Civil Veterinary Department. Madras. Admin. report 1910-25 - 1910-1925
Year: 1910
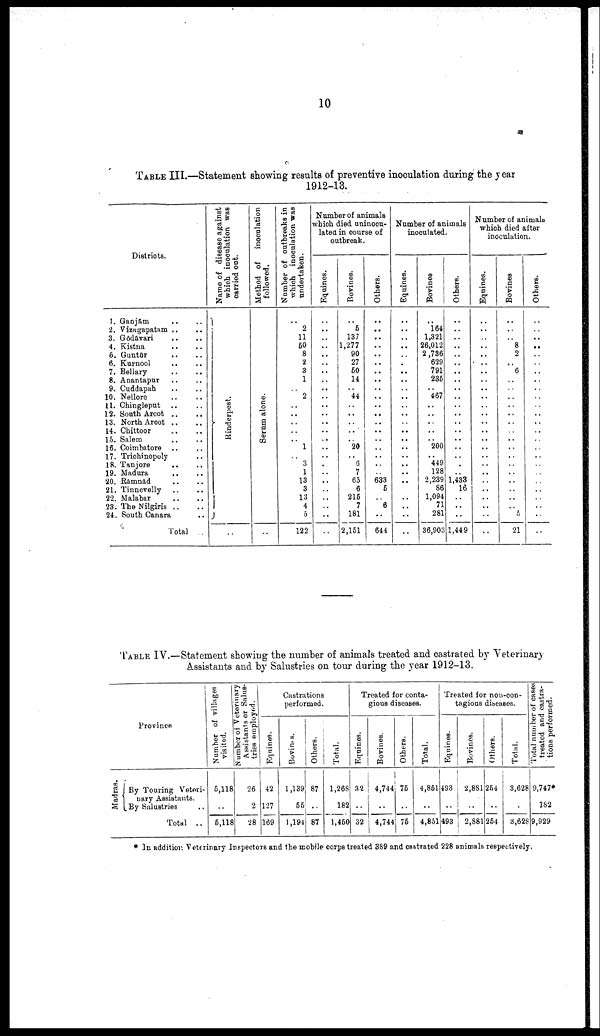
10
TABLE III.—Statement showing results of preventive inoculation during the year
1912-13.
Districts.
1. Ganjam
..
2. Vizagapatam
3. Godavari
4. Kistna
6. Guntur
6. Kurnool
7. Bellary
8. Anantapar
9. Cuddapah
10. Nellore
11. Chingleput
12. South Arcot „.
13. North Arcot ..
14. Chittoor
15. Salem
16. Coimbatore
17. Trichinopoly
18. Tanjore
19. Madura
20. Rāmnād
21. Tinnevelly
22. Malabar
23. The Nilgiris ..
24. South Canara
Total
.
Name of disease against
which
inoculation was
carried out.
Ri nder pes t
.
..
Method of
inoculation
followed.
Se r
um alone.
Number
of outbreaks in
which inoculation was
undertaken.
..
2
11
50
8
2
3
1
..
2
..
..
..
..
..
1
..
3
1
13
3
13
4
0
122
Number of animals
which died uninocu-
latea in course of
outbreak.
Equines.
..
..
..
..
..
..
..
..
..
..
..
..
..
..
..
..
..
..
..
..
..
..
..
..
..
Bovines.
..
5
137
1,277
90
27
50
14
..
44
..
..
..
..
..
20
..
6
7
65
6
215
7
181
2,151
Others.
..
..
..
..
..
..
..
..
..
..
..
..
..
..
..
..
..
..
..
633
5
..
6
..
644
Number of animals
inoculated.
Equines.
..
..
..
..
..
..
..
..
..
..
..
..
..
..
..
..
..
..
..
..
..
..
..
..
..
Bovines
164
1,321
26,012
2,736
629
791
235
467
..
..
..
200
449
128
2,239
86
1,094
71
281
36,903
Others.
1,433
16
..
„
1,449
Number of animals
whioh died after
inoculation.
Equines.
..
..
..
..
„
..
..
..
..
„
..
„
..
..
„
„
..
..
Bovines
„
8
2
6
„
..
..
..
..
5
21
Others.
..
TABLE IV.—Statement showing the number of animals treated and castrated by Veterinary
Assistants and by Salustries on tour during the year 1912-13.
Province
Madras.
By Touring Veteri
nary Assistants.
By Salustries
Total ..
Number
of villages
visited.
5,118
..
5,118
Number
of Veterinary
Assistants
or Salus-
tries employed.
26
2
28
Castrations
performed.
Eqnines.
42
127
169
Bovines.
1,139
55
1,194
Others.
87
..
87
Total.
1.268
182
1,450
Treated for conta
gious diseases.
Equines.
32
..
32
Bovines.
4,744
..
4,744
Others.
75
..
75
Total.
4,851
..
4,851
Treated for non-con
tagious diseases.
Equines.
493
..
493
Bovines.
2.881
..
2,881
Others.
254
..
254
Total.
3,628
..
3,628
Total number of cases
treated and castra
tions performed.
9,747*
182
9,929
* In addition Veterinary Inspectors and the mobile corps treated 389 and castrated 228 animals respectively.